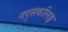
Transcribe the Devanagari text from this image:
नपुसकलिङ्ग